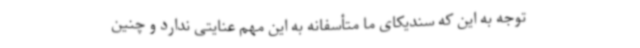
توجه به این که سندیکای ما متأسفانه به این مهم عنایتی ندارد و چنین